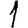
Digit: 1